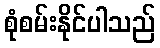
စုံစမ်းနိုင်ပါသည်